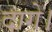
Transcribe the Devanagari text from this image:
दागे।